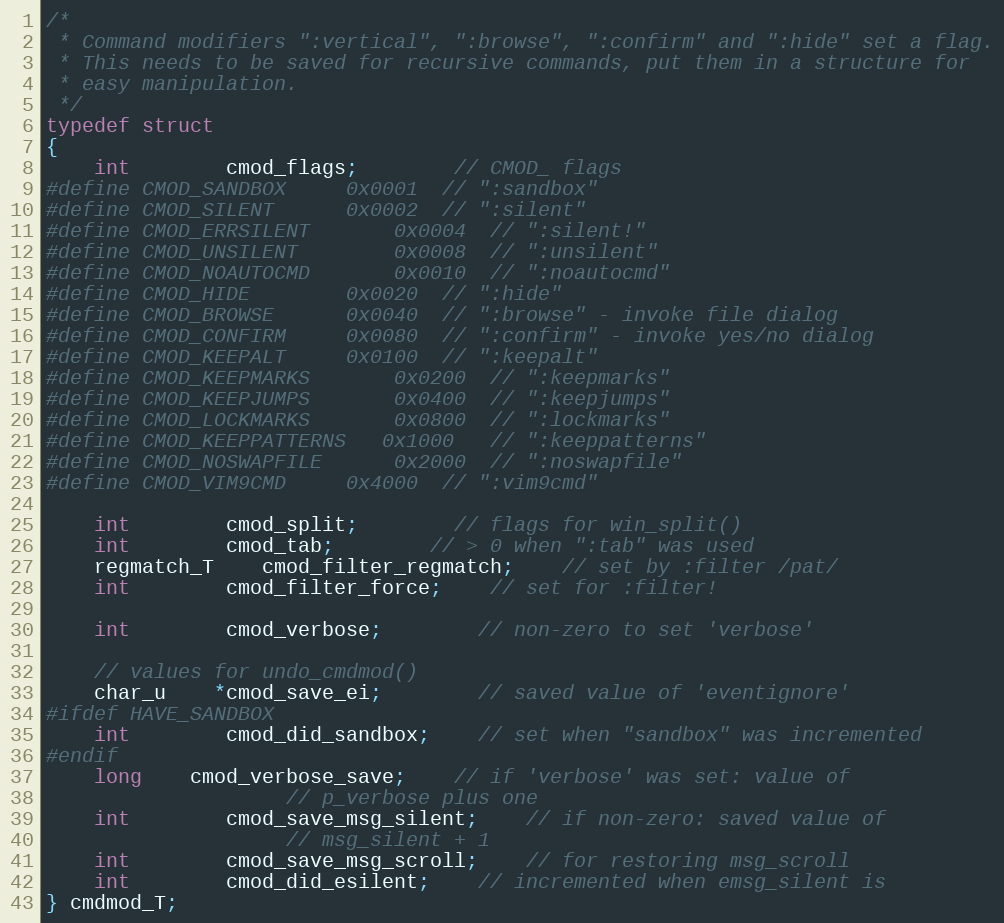
Language: C
/*
 * Command modifiers ":vertical", ":browse", ":confirm" and ":hide" set a flag.
 * This needs to be saved for recursive commands, put them in a structure for
 * easy manipulation.
 */
typedef struct
{
    int		cmod_flags;		// CMOD_ flags
#define CMOD_SANDBOX	    0x0001	// ":sandbox"
#define CMOD_SILENT	    0x0002	// ":silent"
#define CMOD_ERRSILENT	    0x0004	// ":silent!"
#define CMOD_UNSILENT	    0x0008	// ":unsilent"
#define CMOD_NOAUTOCMD	    0x0010	// ":noautocmd"
#define CMOD_HIDE	    0x0020	// ":hide"
#define CMOD_BROWSE	    0x0040	// ":browse" - invoke file dialog
#define CMOD_CONFIRM	    0x0080	// ":confirm" - invoke yes/no dialog
#define CMOD_KEEPALT	    0x0100	// ":keepalt"
#define CMOD_KEEPMARKS	    0x0200	// ":keepmarks"
#define CMOD_KEEPJUMPS	    0x0400	// ":keepjumps"
#define CMOD_LOCKMARKS	    0x0800	// ":lockmarks"
#define CMOD_KEEPPATTERNS   0x1000	// ":keeppatterns"
#define CMOD_NOSWAPFILE	    0x2000	// ":noswapfile"
#define CMOD_VIM9CMD	    0x4000	// ":vim9cmd"

    int		cmod_split;		// flags for win_split()
    int		cmod_tab;		// > 0 when ":tab" was used
    regmatch_T	cmod_filter_regmatch;	// set by :filter /pat/
    int		cmod_filter_force;	// set for :filter!

    int		cmod_verbose;		// non-zero to set 'verbose'

    // values for undo_cmdmod()
    char_u	*cmod_save_ei;		// saved value of 'eventignore'
#ifdef HAVE_SANDBOX
    int		cmod_did_sandbox;	// set when "sandbox" was incremented
#endif
    long	cmod_verbose_save;	// if 'verbose' was set: value of
					// p_verbose plus one
    int		cmod_save_msg_silent;	// if non-zero: saved value of
					// msg_silent + 1
    int		cmod_save_msg_scroll;	// for restoring msg_scroll
    int		cmod_did_esilent;	// incremented when emsg_silent is
} cmdmod_T;